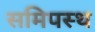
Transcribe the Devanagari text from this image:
समिपस्थ